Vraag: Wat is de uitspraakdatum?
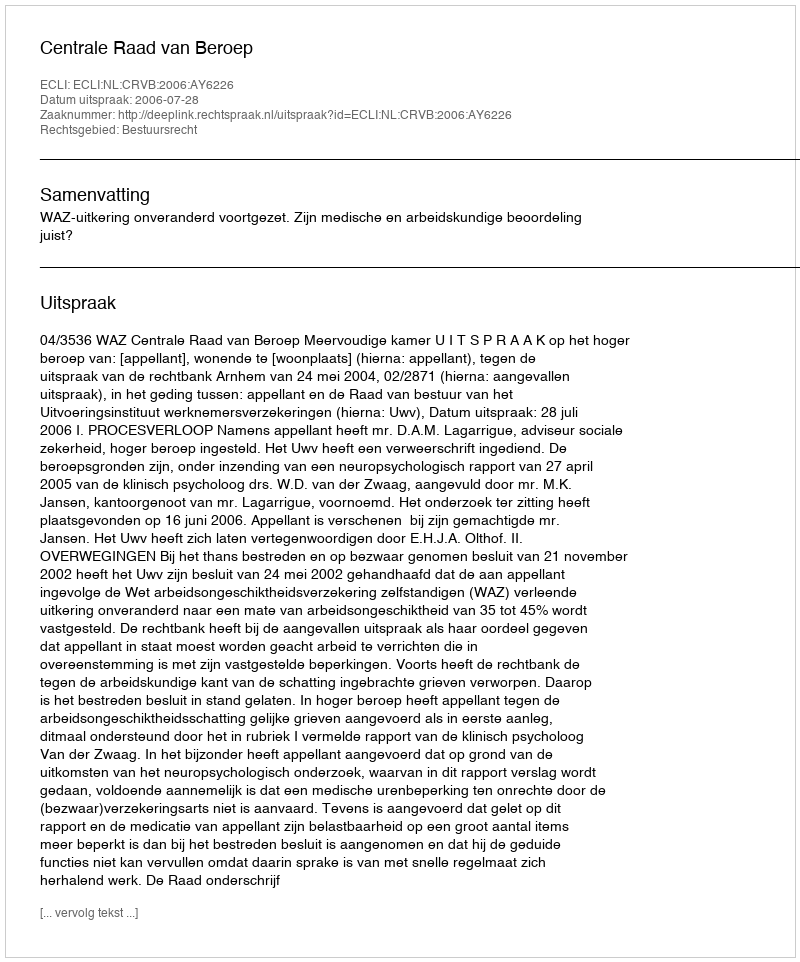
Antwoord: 2006-07-28